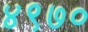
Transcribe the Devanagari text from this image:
४९७०